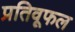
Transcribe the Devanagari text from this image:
प्रतिवूफल